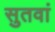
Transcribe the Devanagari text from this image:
सुतवां